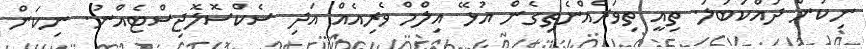
ނިކަން ދައްކަބަލަ. ތިއީ ތިވަރެއްނެތިގެން އުޅޭ އިލްމް ވެރިއެއް އަދި ސެކްސޮލޮޖިސްޓެއްނު. ނިކަން